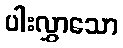
ပါးလွှာသော